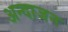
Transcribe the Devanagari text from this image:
अन्दाजन